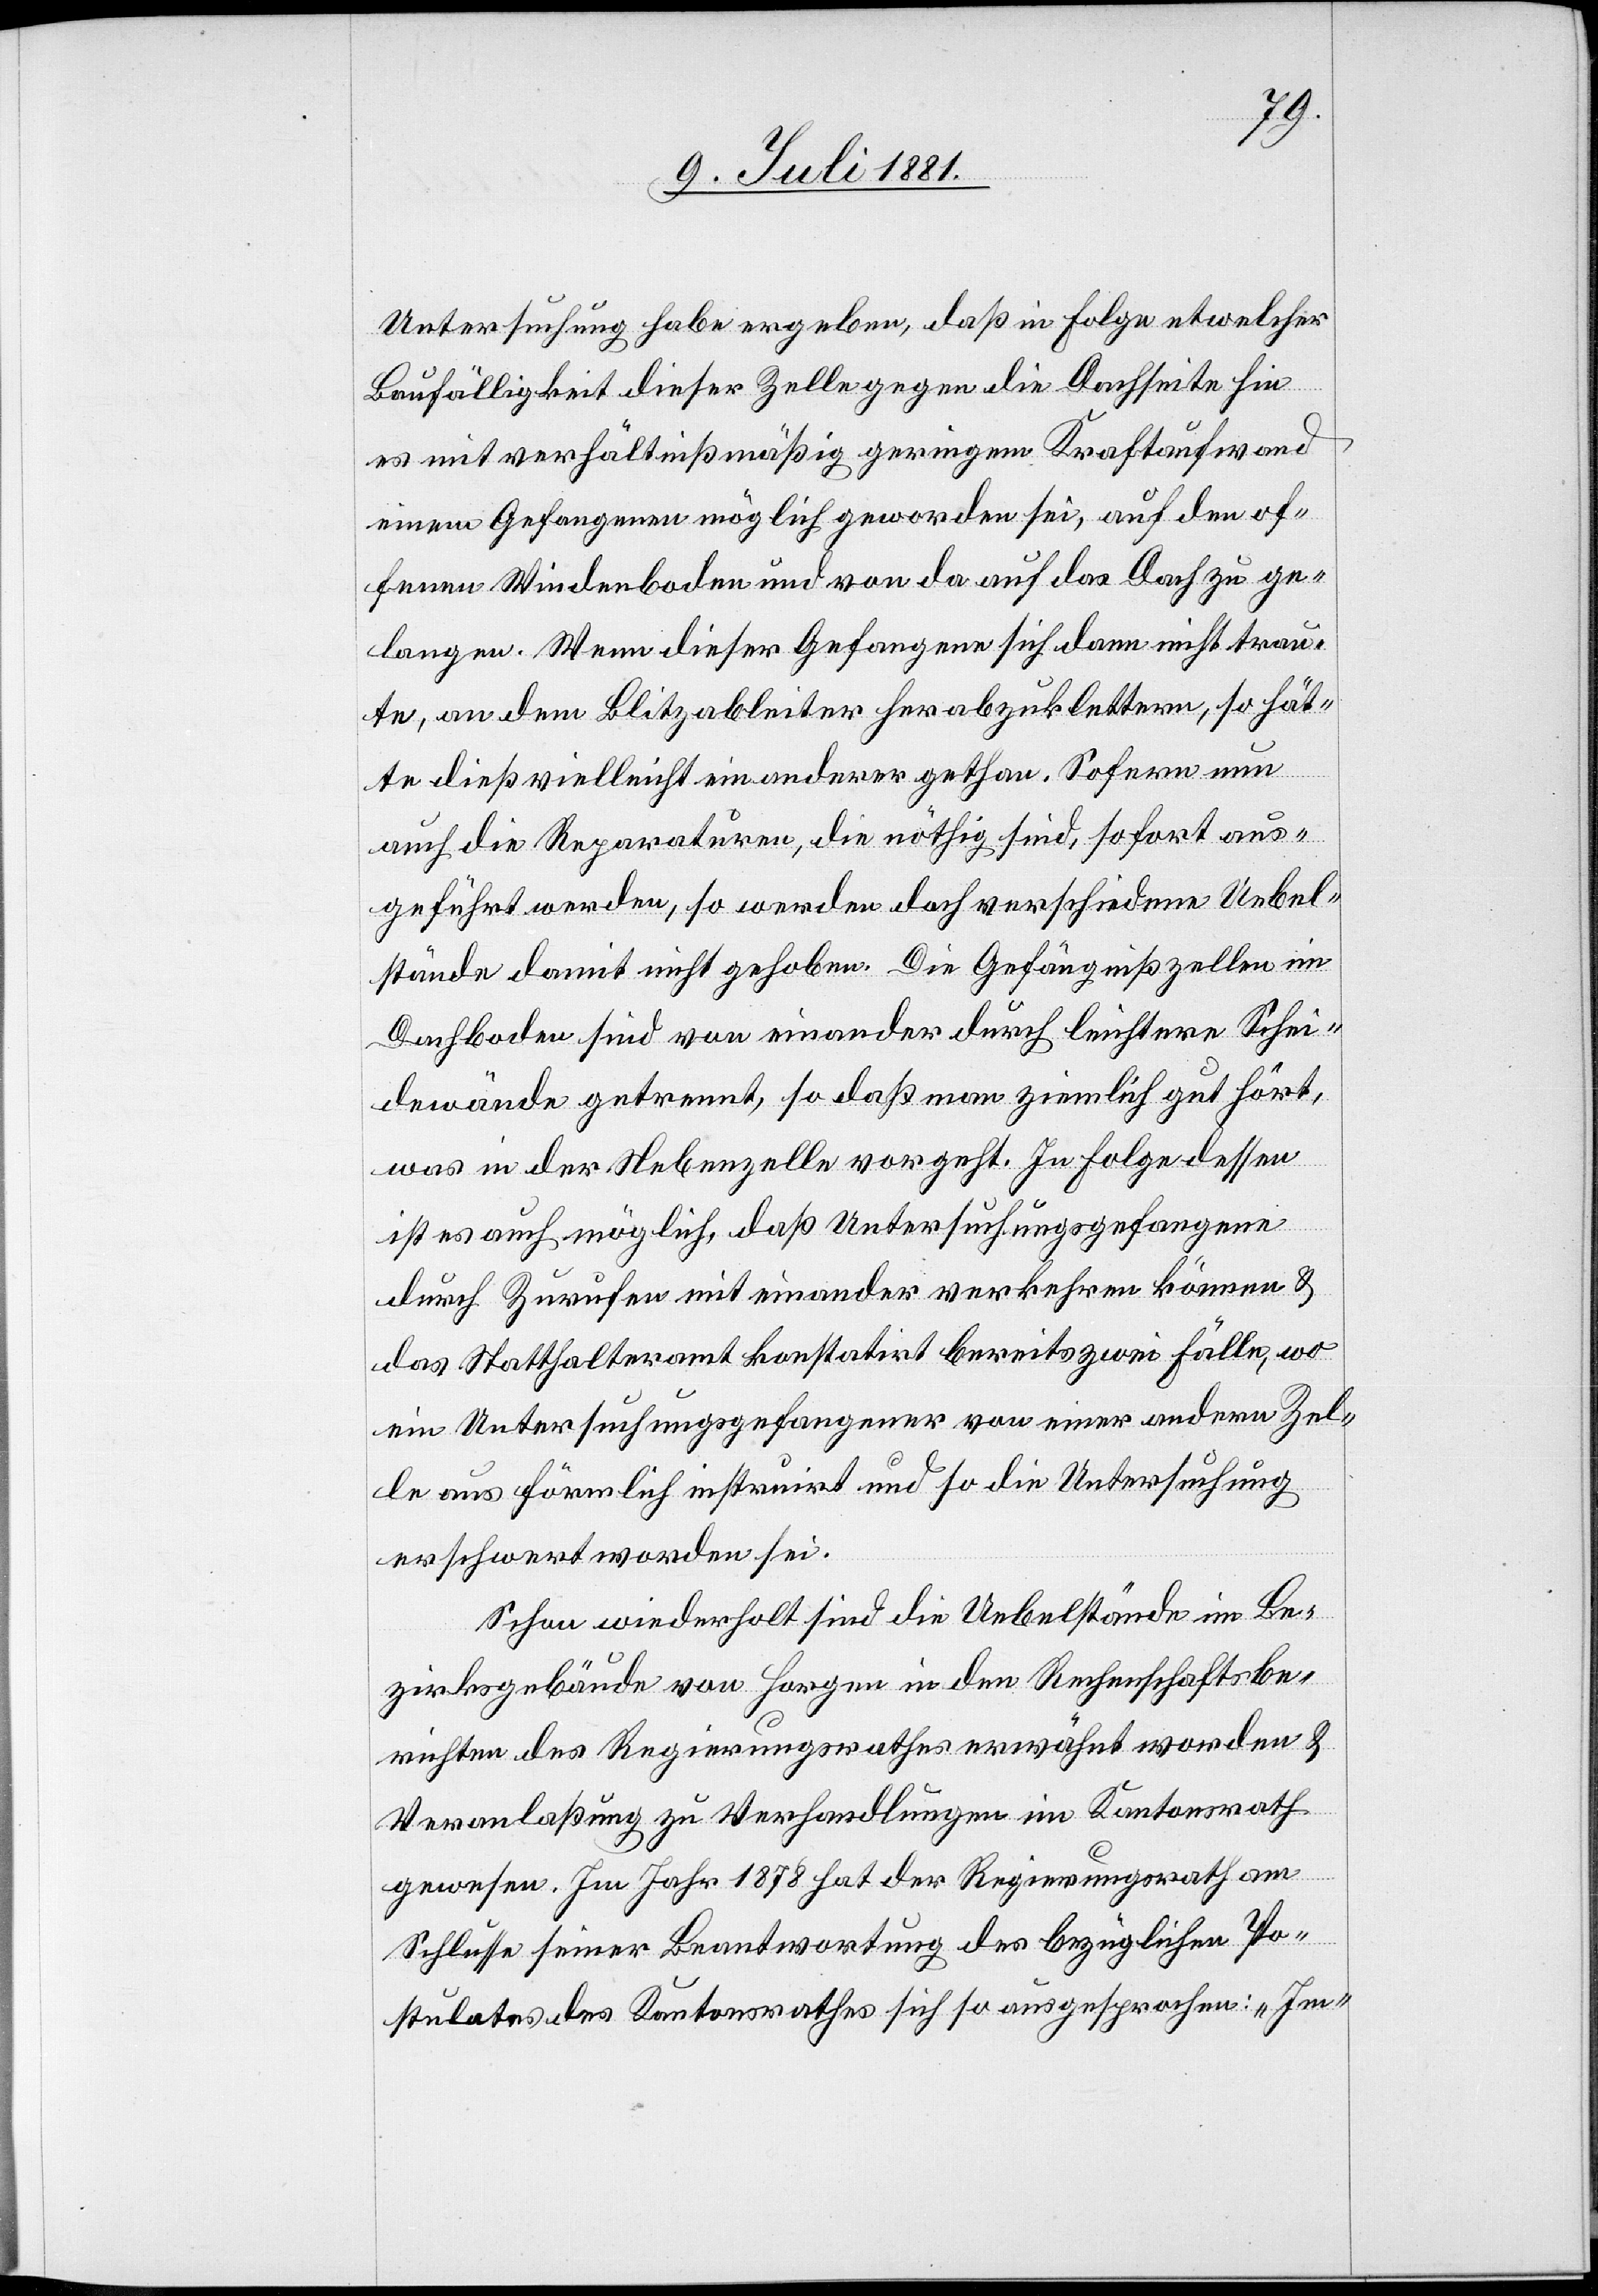
Untersuchung habe ergeben, daß in Folge etwelcher
Baufälligkeit dieser Zelle gegen die Dachseite sei
es mit verhältnißmäßig geringem Kraftaufwand
einem Gefangenen möglich geworden sei [sic!] auf den of¬
fenen Weidenboden und von da auf das Dach zu ge¬
langen. Wenn dieser Gefangene sich dann nicht trau¬
te, an dem Blitzableiter herabzuklettern, so hät¬
te dieß vielleicht ein anderer gethan. Sofern nun
auch die Reparaturen, die nöthig sind, sofort aus¬
geführt werden, so werden doch verschiedene Uebel¬
stände damit nicht gehoben. Die Gefängnißzellen im
Dachboden sind von einander durch leichtere Schei¬
dewände getrennt, so daß man ziemlich gut hört,
was in der Nebenzelle vorgeht. In Folge dessen
ist es auch möglich, daß Untersuchungsgefangene
durch Zurufen mit einander verkehren können &
das Statthalteramt konstatirt bereits zwei Fälle, wo
ein Untersuchungsgefangener von einer andern Zel¬
le aus förmlich instruirt und so die Untersuchung
erschwert worden sei.
Schon wiederholt sind die Uebelstände im Be¬
zirksgebäude von Horgen in den Rechenschaftsbe¬
richten des Regierungsrathes erwähnt worden &
Veranlaßung zu Verhandlungen im Kantonsrath
gewesen. Im Jahr 1878 hat der Regierungsrath am
Schluss seiner Beantwortung des bezüglichen Po¬
stulates des Kantonsrathes sich so ausgesprochen: „Im-